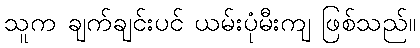
သူက ချက်ချင်းပင် ယမ်းပုံမီးကျ ဖြစ်သည်။